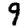
Digit: 9